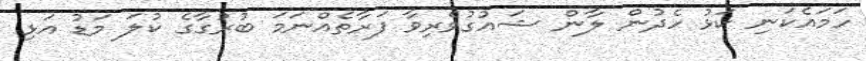
ހަމައެކަނި ކަޅު ހެދުން ލާން ޝައުގުވެރިވާ ފަރާތެއްނަމަ ބުރުގާގެ ކުލަ މަޑު އަޅި